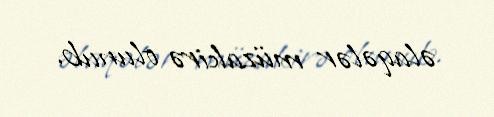
əlaqələr müzakirə olunub.